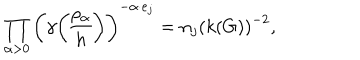
LaTeX: \prod _ { \alpha > 0 } \left( \gamma { \rho _ { \alpha } \overwithdelims ( ) h } \right) ^ { - \alpha \cdot e _ { j } } = n _ { j } \left( k ( G ) \right) ^ { - 2 } ,